Vaccine operations Central Provinces & Berar 1922-1929 - 1922-1929
Year: 1922
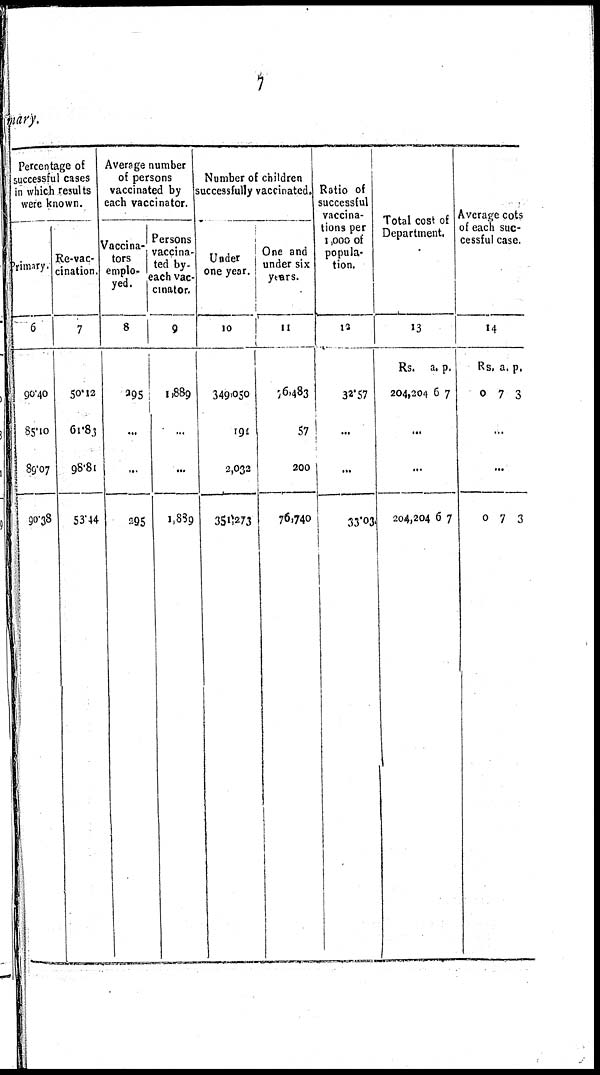
7
mary.
Percentage of
successful cases
in which results
were known.
Primary.
6
90.40
85.10
89.07
90.38
Re-vac-
cination.
7
50.12
61.83
98.81
53.44
Average number
of persons
vaccinated by
each vaccinator.
Vaccina-
tors
emplo-
yed.
8
295
...
...
295
Persons
vaccina-
ted by-
each vac-
cinator.
9
1,889
...
...
1,889
Number of children
successfully vaccinated.
Under
one year.
10
349,050
191
2,032
351,273
One and
under six
years.
11
76,483
57
200
76,740
Ratio of
successful
vaccina-
tions per
1,000 of
popula-
tion.
12
32.57
...
...
33.03
Total cost of
Department.
13
Rs.
204,204
a.
6
p.
7
...
...
204,204 6 7
Average cots
of each suc-
cessful case.
14
Rs.
0
a.
7
p.
3
...
...
0 7 3